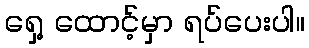
ရှေ့ ထောင့်မှာ ရပ်ပေးပါ။